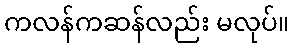
ကလန်ကဆန်လည်း မလုပ်။